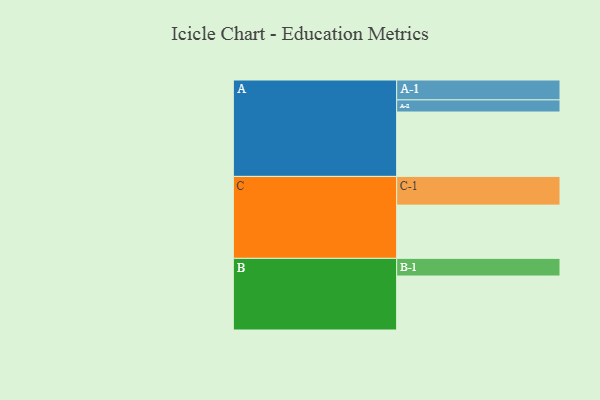
{"axis": {"x": "Segment", "y": "Value"}, "legend": ["", "A", "B", "C"], "data": [{"x": "A", "y": 525, "type": ""}, {"x": "B", "y": 440, "type": ""}, {"x": "C", "y": 434, "type": ""}, {"x": "A-1", "y": 162, "type": "A"}, {"x": "A-2", "y": 99, "type": "A"}, {"x": "B-1", "y": 144, "type": "B"}, {"x": "C-1", "y": 234, "type": "C"}]}